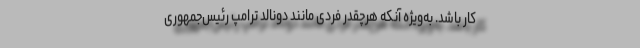
کار باشد. به‌ویژه آنکه هر‌چقدر فردی مانند دونالد ترامپ رئیس‌جمهوری